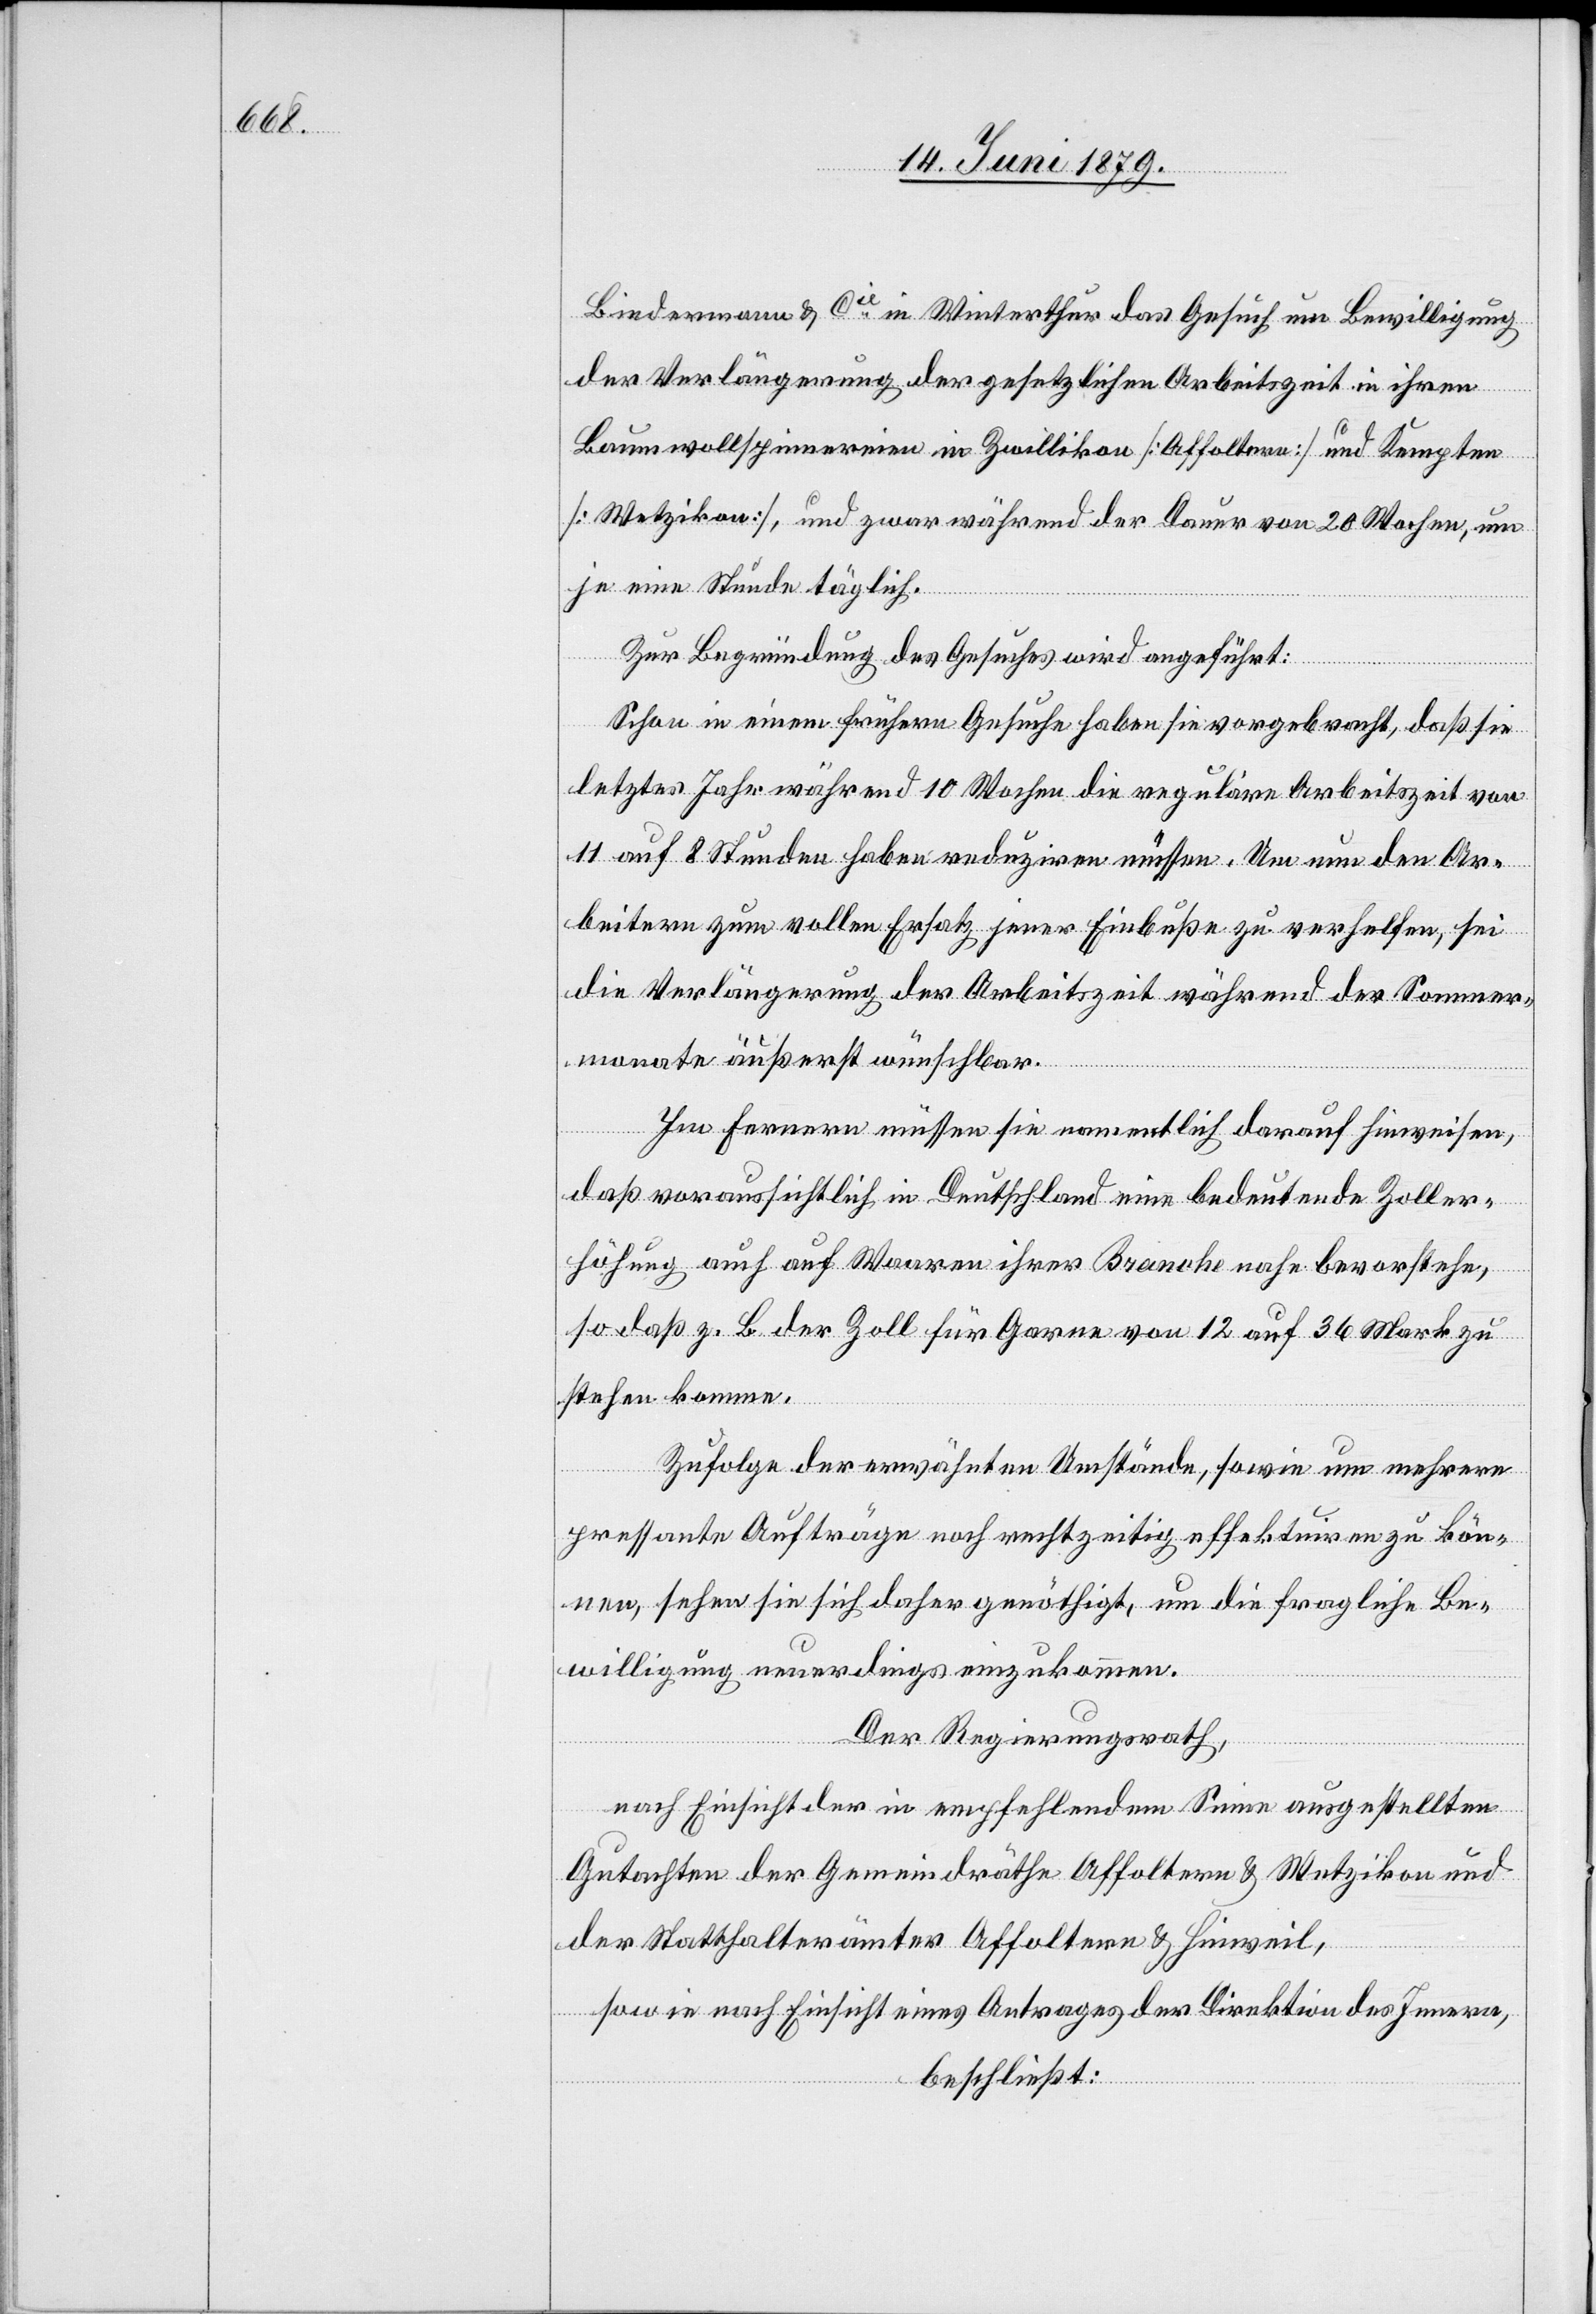
Biedermann & Cie in Winterthur das Gesuch um Bewilligung
der Verlängerung der gesetzlichen Arbeitszeit in ihren
Baumwollspinnereien in Zwillikon [Affoltern] und Kempten
[Wetzikon], und zwar während der Dauer von 20 Wochen, um
je eine Stunde täglich.
Zur Begründung des Gesuches wird angeführt:
Schon in einem frühern Gesuche haben sie vorgebracht, daß sie
letztes Jahr während 10 Wochen die reguläre Arbeitszeit von
11 auf 8 Stunden haben reduziren müssen. Um nun den Ar¬
beitern zum vollen Ersatz jener Einbuße zu verhelfen, sei
die Verlängerung der Arbeitszeit während der Sommer¬
monate äußerst wünschbar.
Im Fernern müssen sie namentlich darauf hinweisen,
daß voraussichtlich in Deutschland eine bedeutende Zoller¬
höhung auch auf Waaren ihrer Branche nahe bevorstehe,
so daß z. B. der Zoll für die Garne von 12 auf 36 Mark zu
stehen komme.
Zufolge der erwähnten Umstände, sowie um mehrere
pressante Aufträge noch rechtzeitig effektuiren zu kön¬
nen, sehen sie sich daher genöthigt, um die fragliche Be¬
willigung neuerdings einzukommen.
Der Regierungsrath,
nach Einsicht der in empfehlendem Sinne ausgestellten
Gutachten der Gemeindräthe Affoltern & Wetzikon und
der Statthalterämter Affoltern & Hinweil,
sowie nach Einsicht eines Antrages der Direktion des Innern,
beschließt: